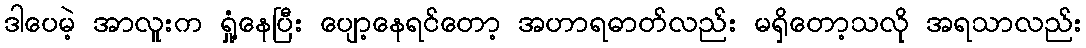
ဒါပေမဲ့ အာလူးက ရှုံ့နေပြီး ပျော့နေရင်တော့ အဟာရဓာတ်လည်း မရှိတော့သလို အရသာလည်း